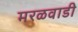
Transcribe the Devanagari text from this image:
मरळवाडी